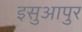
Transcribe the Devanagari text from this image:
इसुआपुर